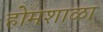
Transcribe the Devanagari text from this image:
होमशाळा